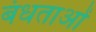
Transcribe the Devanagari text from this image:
बंधताओं